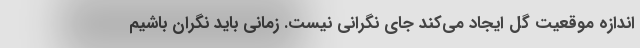
اندازه موقعیت گل ایجاد می‌کند جای نگرانی نیست. زمانی باید نگران باشیم